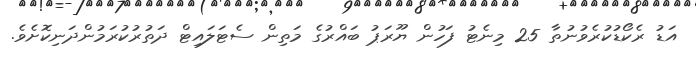
އަޑު ރެކޯޑުކުރެވުނުތާ 25 މިނެޓު ފަހުން ޔޫރަޕު ބައްރުގެ މަތިން ސެޓަލައިޓް ދަތުރުކުރަމުންދަނިކޮށެވެ.